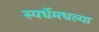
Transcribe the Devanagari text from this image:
स्पर्धेमधल्या